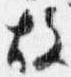
故